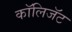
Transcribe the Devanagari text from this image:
कॉलिजॅट